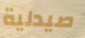
صيدلية